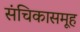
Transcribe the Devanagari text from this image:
संचिकासमूह